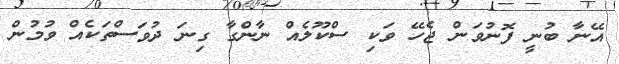
އޭނާ ބުނީ ފޮނުވަން ޖެހޭ ވަކި ސްކޫލެއް ނާންގާ ގިނަ ދުވަސްތަކެއް ވުމުން